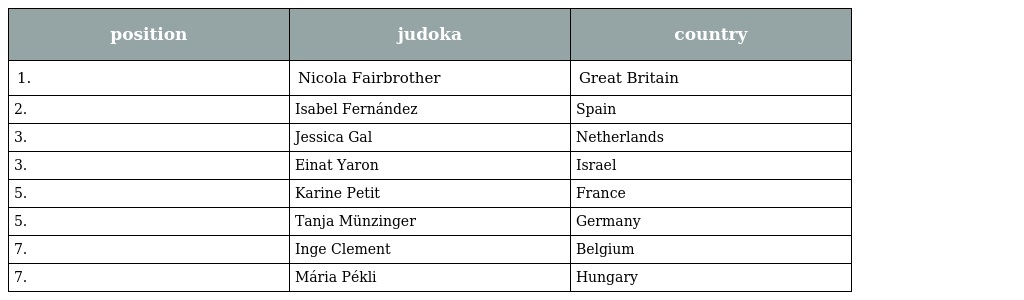
| position | judoka | country |
 | --- | --- | --- |
 | 1. | Nicola Fairbrother | Great Britain |
 | 2. | Isabel Fernández | Spain |
 | 3. | Jessica Gal | Netherlands |
 | 3. | Einat Yaron | Israel |
 | 5. | Karine Petit | France |
 | 5. | Tanja Münzinger | Germany |
 | 7. | Inge Clement | Belgium |
 | 7. | Mária Pékli | Hungary |